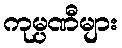
ကုမ္ပဏီများ